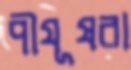
পীযূষরা